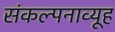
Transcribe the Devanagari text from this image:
संकल्पनाव्यूह